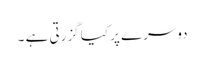
دوسرے پر کیا گزرتی ہے ۔